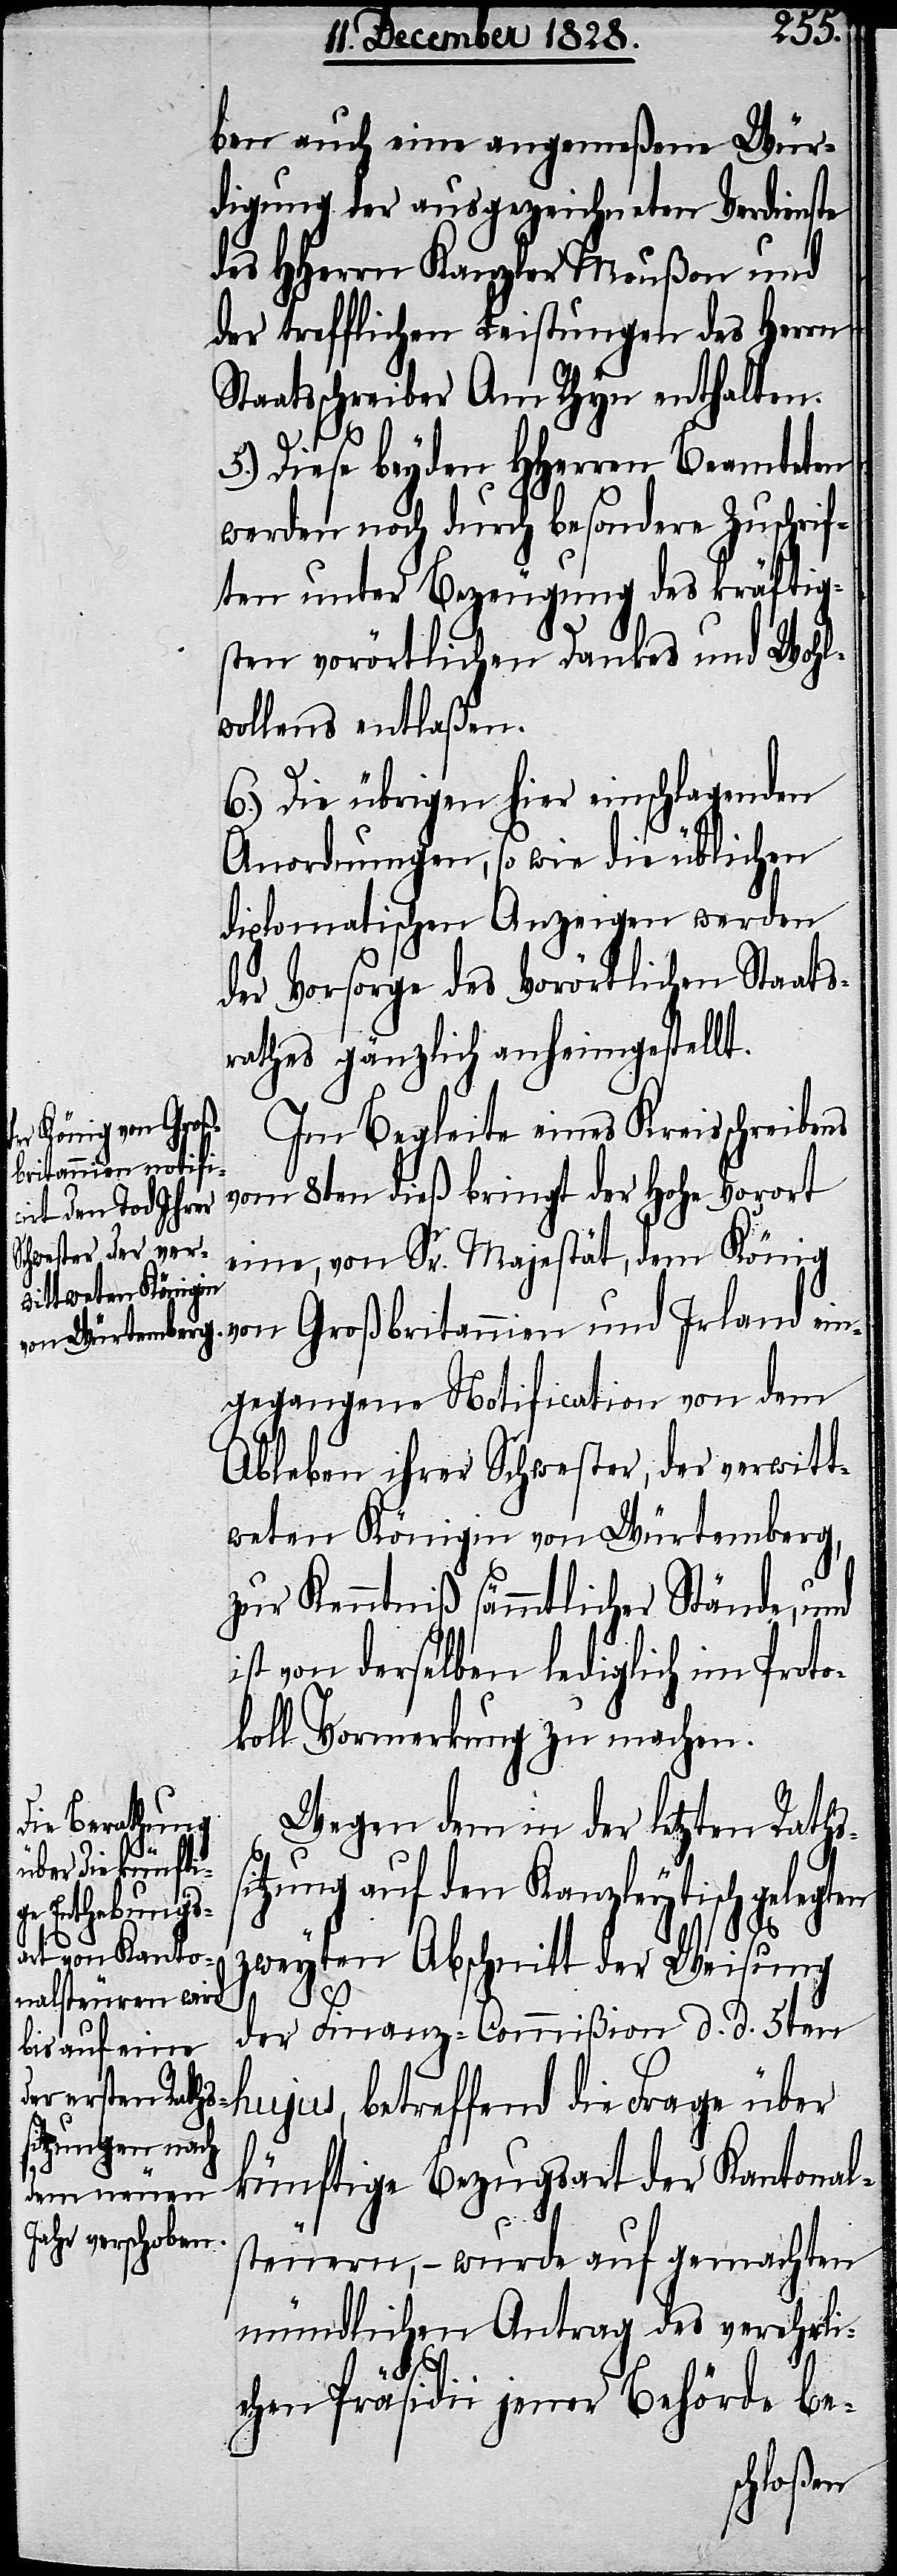
ben auch eine angemeßene Wür¬
digung der ausgezeichneten Verdienste
des HHerrn Kanzler Moußon und
der trefflichen Leistungen des Herrn
Staatsschreiber Am Rhyn enthalten.
5.) Diese beyden HHerren Beamteten
werden noch durch besondere Zuschrif¬
ten unter Bezeugung des kräftig¬
sten vorörtlichen Dankes und Wohl¬
wollens entlaßen.
6.) Die übrigen hier einschlagenden
Anordnungen, so wie die üblichen
diplomatischen Anzeigen werden
der Vorsorge des Vorörtlichen Staats¬
rathes gänzlich anheimgestellt.
Im Begleite eines Kreisschreibens
vom 8ten dieß bringt der Hohe Vorort
eine, von Sr. Majestät, dem König
von Großbritannien und Irland ein¬
gegangene Notification von dem
Ableben ihrer Schwester, der verwitt¬
weten Königin von Würtemberg,
zur Kenntniß sämmtlicher Stände, und
ist von derselben lediglich im Proto¬
koll Vormerkung zu machen.
Wegen dem in der letzten Raths¬
itzung auf den Kanzleytisch gelegten
zweyten Abschnitt der Weisung
s¬
der Finanz-Commißion d. d. 5te¬
n hujus, betreffend die Frage über
künftige Bezugsart der Kantonal¬
steuern, – wurde auf gemachten
mündlichen Antrag des verehrli¬
chen Präsidii jener Behörde be-